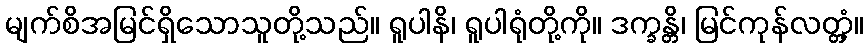
မျက်စိအမြင်ရှိသောသူတို့သည်။ ရူပါနိ၊ ရူပါရုံတို့ကို။ ဒက္ခန္တိ၊ မြင်ကုန်လတ္တံ့။